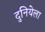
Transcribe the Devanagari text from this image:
दुनियेला